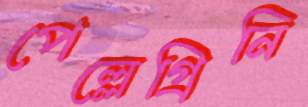
পেল্লেগ্রিনি